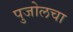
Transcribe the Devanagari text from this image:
पुजोलचा